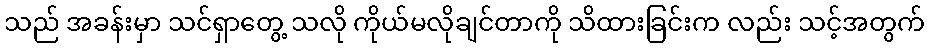
သည် အခန်းမှာ သင်ရှာတွေ့ သလို ကိုယ်မလိုချင်တာကို သိထားခြင်းက လည်း သင့်အတွက်